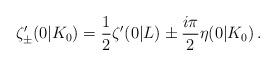
LaTeX: \begin{align*}\zeta'_{\pm}(0|K_0)= \frac{1}{2}\zeta'(0|L) \pm \frac{i \pi}{2} \eta(0|K_0)\,.\end{align*}